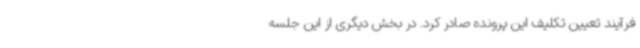
فرآیند تعیین تکلیف این پرونده صادر کرد. در بخش دیگری از این جلسه